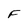
Character: F